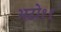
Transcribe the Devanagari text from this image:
भटो११